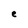
Character: e